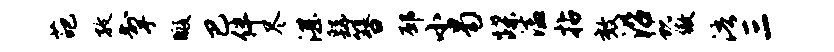
葩孜掣暇巴伴尽湛繇簪邳小曷蹀溘拈效沿蜕傲浯三